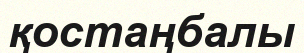
қостаңбалы